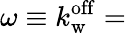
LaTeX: \omega\equiv k_{\mathrm{w}}^{\mathrm{off}}=